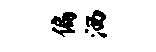
偏洒